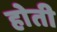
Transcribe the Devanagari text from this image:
हाेती